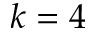
k = 4